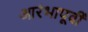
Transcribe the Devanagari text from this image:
आरंभापूर्वी